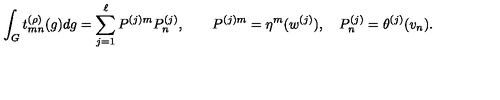
\int _ { G } t _ { m n } ^ { ( \rho ) } ( g ) d g = \sum _ { j = 1 } ^ { \ell } P ^ { ( j ) m } P _ { n } ^ { ( j ) } , \qquad P ^ { ( j ) m } = \eta ^ { m } ( w ^ { ( j ) } ) , \quad P _ { n } ^ { ( j ) } = \theta ^ { ( j ) } ( v _ { n } ) .